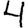
Digit: 4